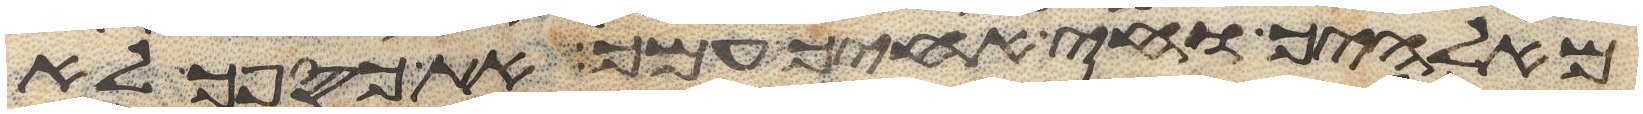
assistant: מאלהיך וחי אחיך עמך את כספך לא